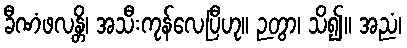
ခီဏံဖလန္တိ၊ အသီးကုန်လေပြီဟု။ ဉတွာ၊ သိ၍။ အညံ၊